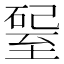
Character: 𥔊